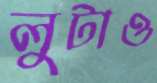
লুটাও